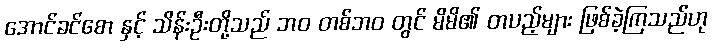
အောင်ခင်စော နှင့် သိန်းဦးတို့သည် ဘဝ တစ်ဘဝ တွင် မိမိ၏ တပည့်များ ဖြစ်ခဲ့ကြသည်ဟု